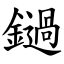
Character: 鐹